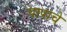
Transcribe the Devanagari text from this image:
पापाचे